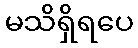
မသိရှိရပေ